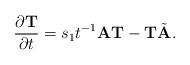
LaTeX: \begin{align*} \frac{\partial \textbf{T}}{\partial t} = s_1 t^{-1} \textbf{A} \textbf{T} - \textbf{T} \tilde{\textbf{A}}. \end{align*}